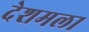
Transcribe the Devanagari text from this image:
देशमला